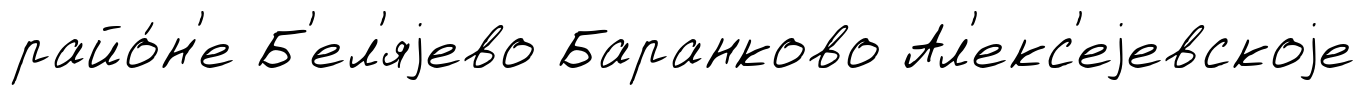
райо́н'е Б'ел'яjево Баранково Ал'екс'еjевскоjе